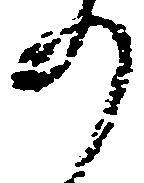
の